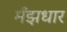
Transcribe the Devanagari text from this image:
मँझधार